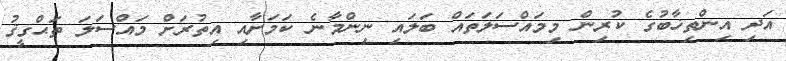
އަދި އިންތިޚާބުގެ ކުރިން މިމައްސަލަތައް ބަލައި ނިންމާނެ ކަމަށާއި އިތުރަށް މައްސަލަ ތަޙްގީޤު